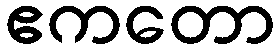
ဧကတော